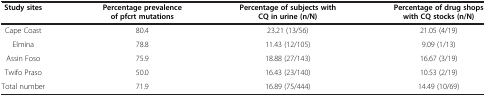
| Study sites | Percentage prevalence of pfcrt mutations | Percentage of subjects with CQ in urine (n/N) | Percentage of drug shops with CQ stocks (n/N) |
 | --- | --- | --- | --- |
 | Cape Coast | 80.4 | 23.21 (13/56) | 21.05 (4/19) |
 | Elmina | 78.8 | 11.43 (12/105) | 9.09 (1/13) |
 | Assin Foso | 75.9 | 18.88 (27/143) | 16.67 (3/19) |
 | Twifo Praso | 50.0 | 16.43 (23/140) | 10.53 (2/19) |
 | Total number | 71.9 | 16.89 (75/444) | 14.49 (10/69) |